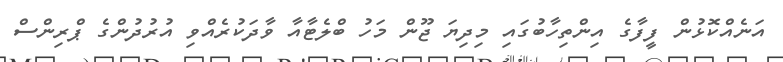
އަނެއްކޮޅުން ފީފާގެ އިންތިހާބުގައި މިދިޔަ ޖޫން މަހު ބްލެޓާއާ ވާދަކުރެއްވި އުރުދުންގެ ޕްރިންސް